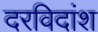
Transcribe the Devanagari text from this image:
दरविदांश